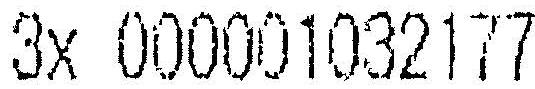
3X 000001032177